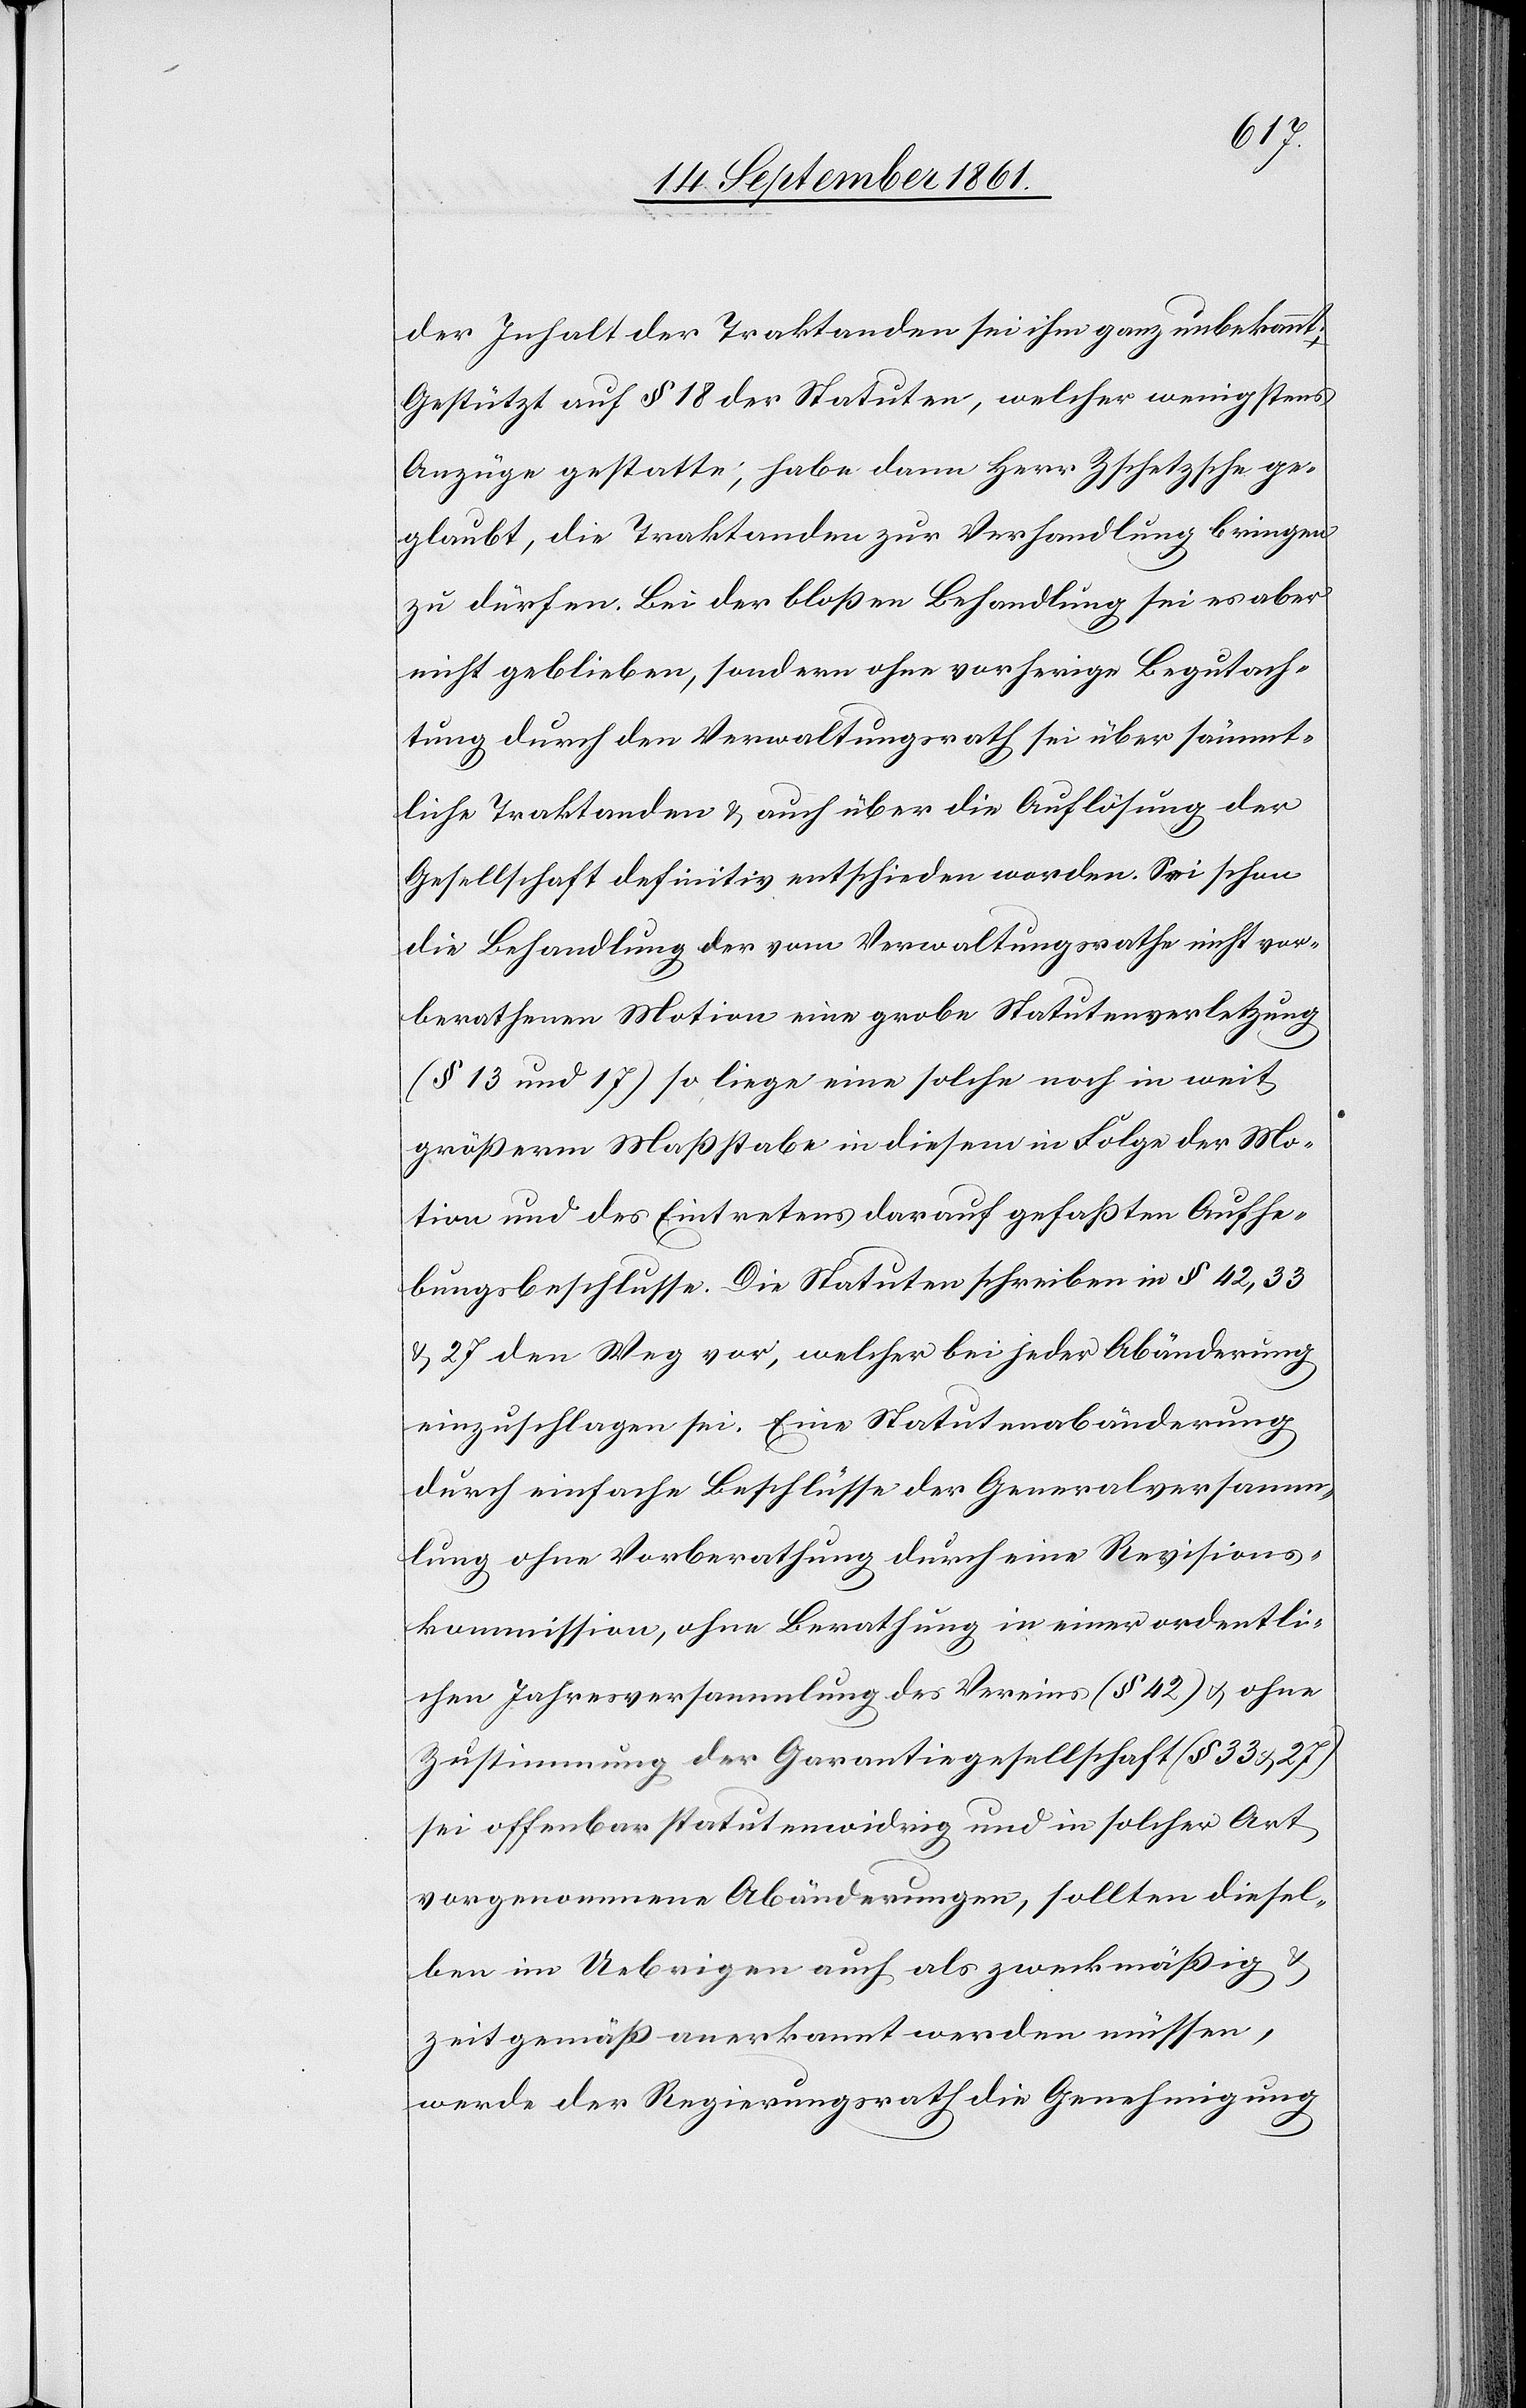
der Inhalt der Traktanden sei ihm ganz unbekannt.
Gestützt auf § 18 der Statuten, welcher wenigstens
Anzüge gestatte, habe dann Herr Zschetzsche ge¬
glaubt, die Traktanden zur Verhandlung bringen
zu dürfen. Bei der bloßen Behandlung sei es aber
nicht geblieben, sondern ohne vorherige Begutach¬
tung durch den Verwaltungsrath sei über sämmt¬
liche Traktanden u. auch über die Auflösung der
Gesellschaft definitiv entschieden worden. Sei schon
die Behandlung der vom Verwaltungsrathe nicht vor¬
berathenen Motion eine grobe Statutenverletzung
(§ 13 u. 17) so liege eine solche noch in weit
größerm Maßstabe in diesem in Folge der Mo¬
tion und des Eintretens darauf gefaßten Aufhe¬
bungsbeschlusse. Die Statuten schreiben in § 42, 33
u 27 den Weg vor, welcher bei jeder Abänderung
einzuschlagen sei. Eine Statutenabänderung
durch einfache Beschlüsse der Generalversamm¬
lung ohne Vorberathung durch eine Revisions¬
kommission, ohne Berathung in einer ordentli¬
chen Jahresversammlung des Vereines (§ 42) u. ohne
Zustimmung der Garantiegesellschaft (§ 33 u. 27)
sei offenbar statutenwidrig und in solcher Art
vorgenommene Abänderungen, sollten diesel¬
ben im Uebrigen auch als zweckmäßig u.
zeitgemäß anerkannt werden müssen,
werde der Regierungsrath die Genehmigung